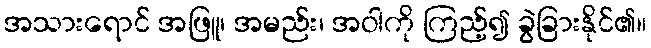
အသားရောင် အဖြူ၊ အမည်း၊ အဝါကို ကြည့်၍ ခွဲခြားနိုင်၏။